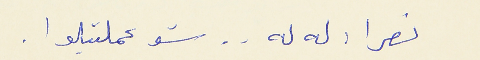
نصرا :له له . . شو عملتيلوا .